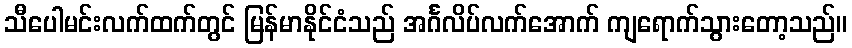
သီပေါမင်းလက်ထက်တွင် မြန်မာနိုင်ငံသည် အင်္ဂလိပ်လက်အောက် ကျရောက်သွားတော့သည်။